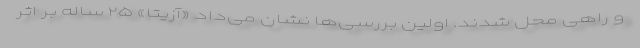
و راهی محل شدند. اولین بررسی‌ها نشان می‌داد «آزیتا» ۲۵ ‌ساله بر اثر